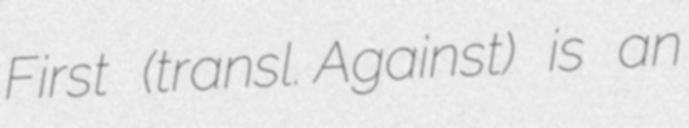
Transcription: First (transl. Against) is an